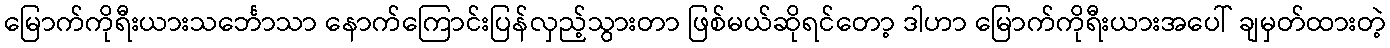
မြောက်ကိုရီးယားသင်္ဘောသာ နောက်ကြောင်းပြန်လှည့်သွားတာ ဖြစ်မယ်ဆိုရင်တော့ ဒါဟာ မြောက်ကိုရီးယားအပေါ် ချမှတ်ထားတဲ့